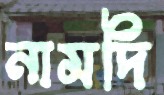
নামদি